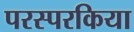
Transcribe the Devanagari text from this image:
परस्परकिया